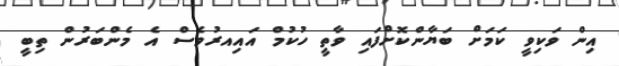
އިން ވަކިވީ ކަމަށް ބަޔާންކޮށްފައި ވާތީ ހުކުމް އައިއރުވެސް އެ މެންބަރުން ތިބީ